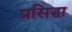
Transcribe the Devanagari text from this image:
प्रसिद्धा